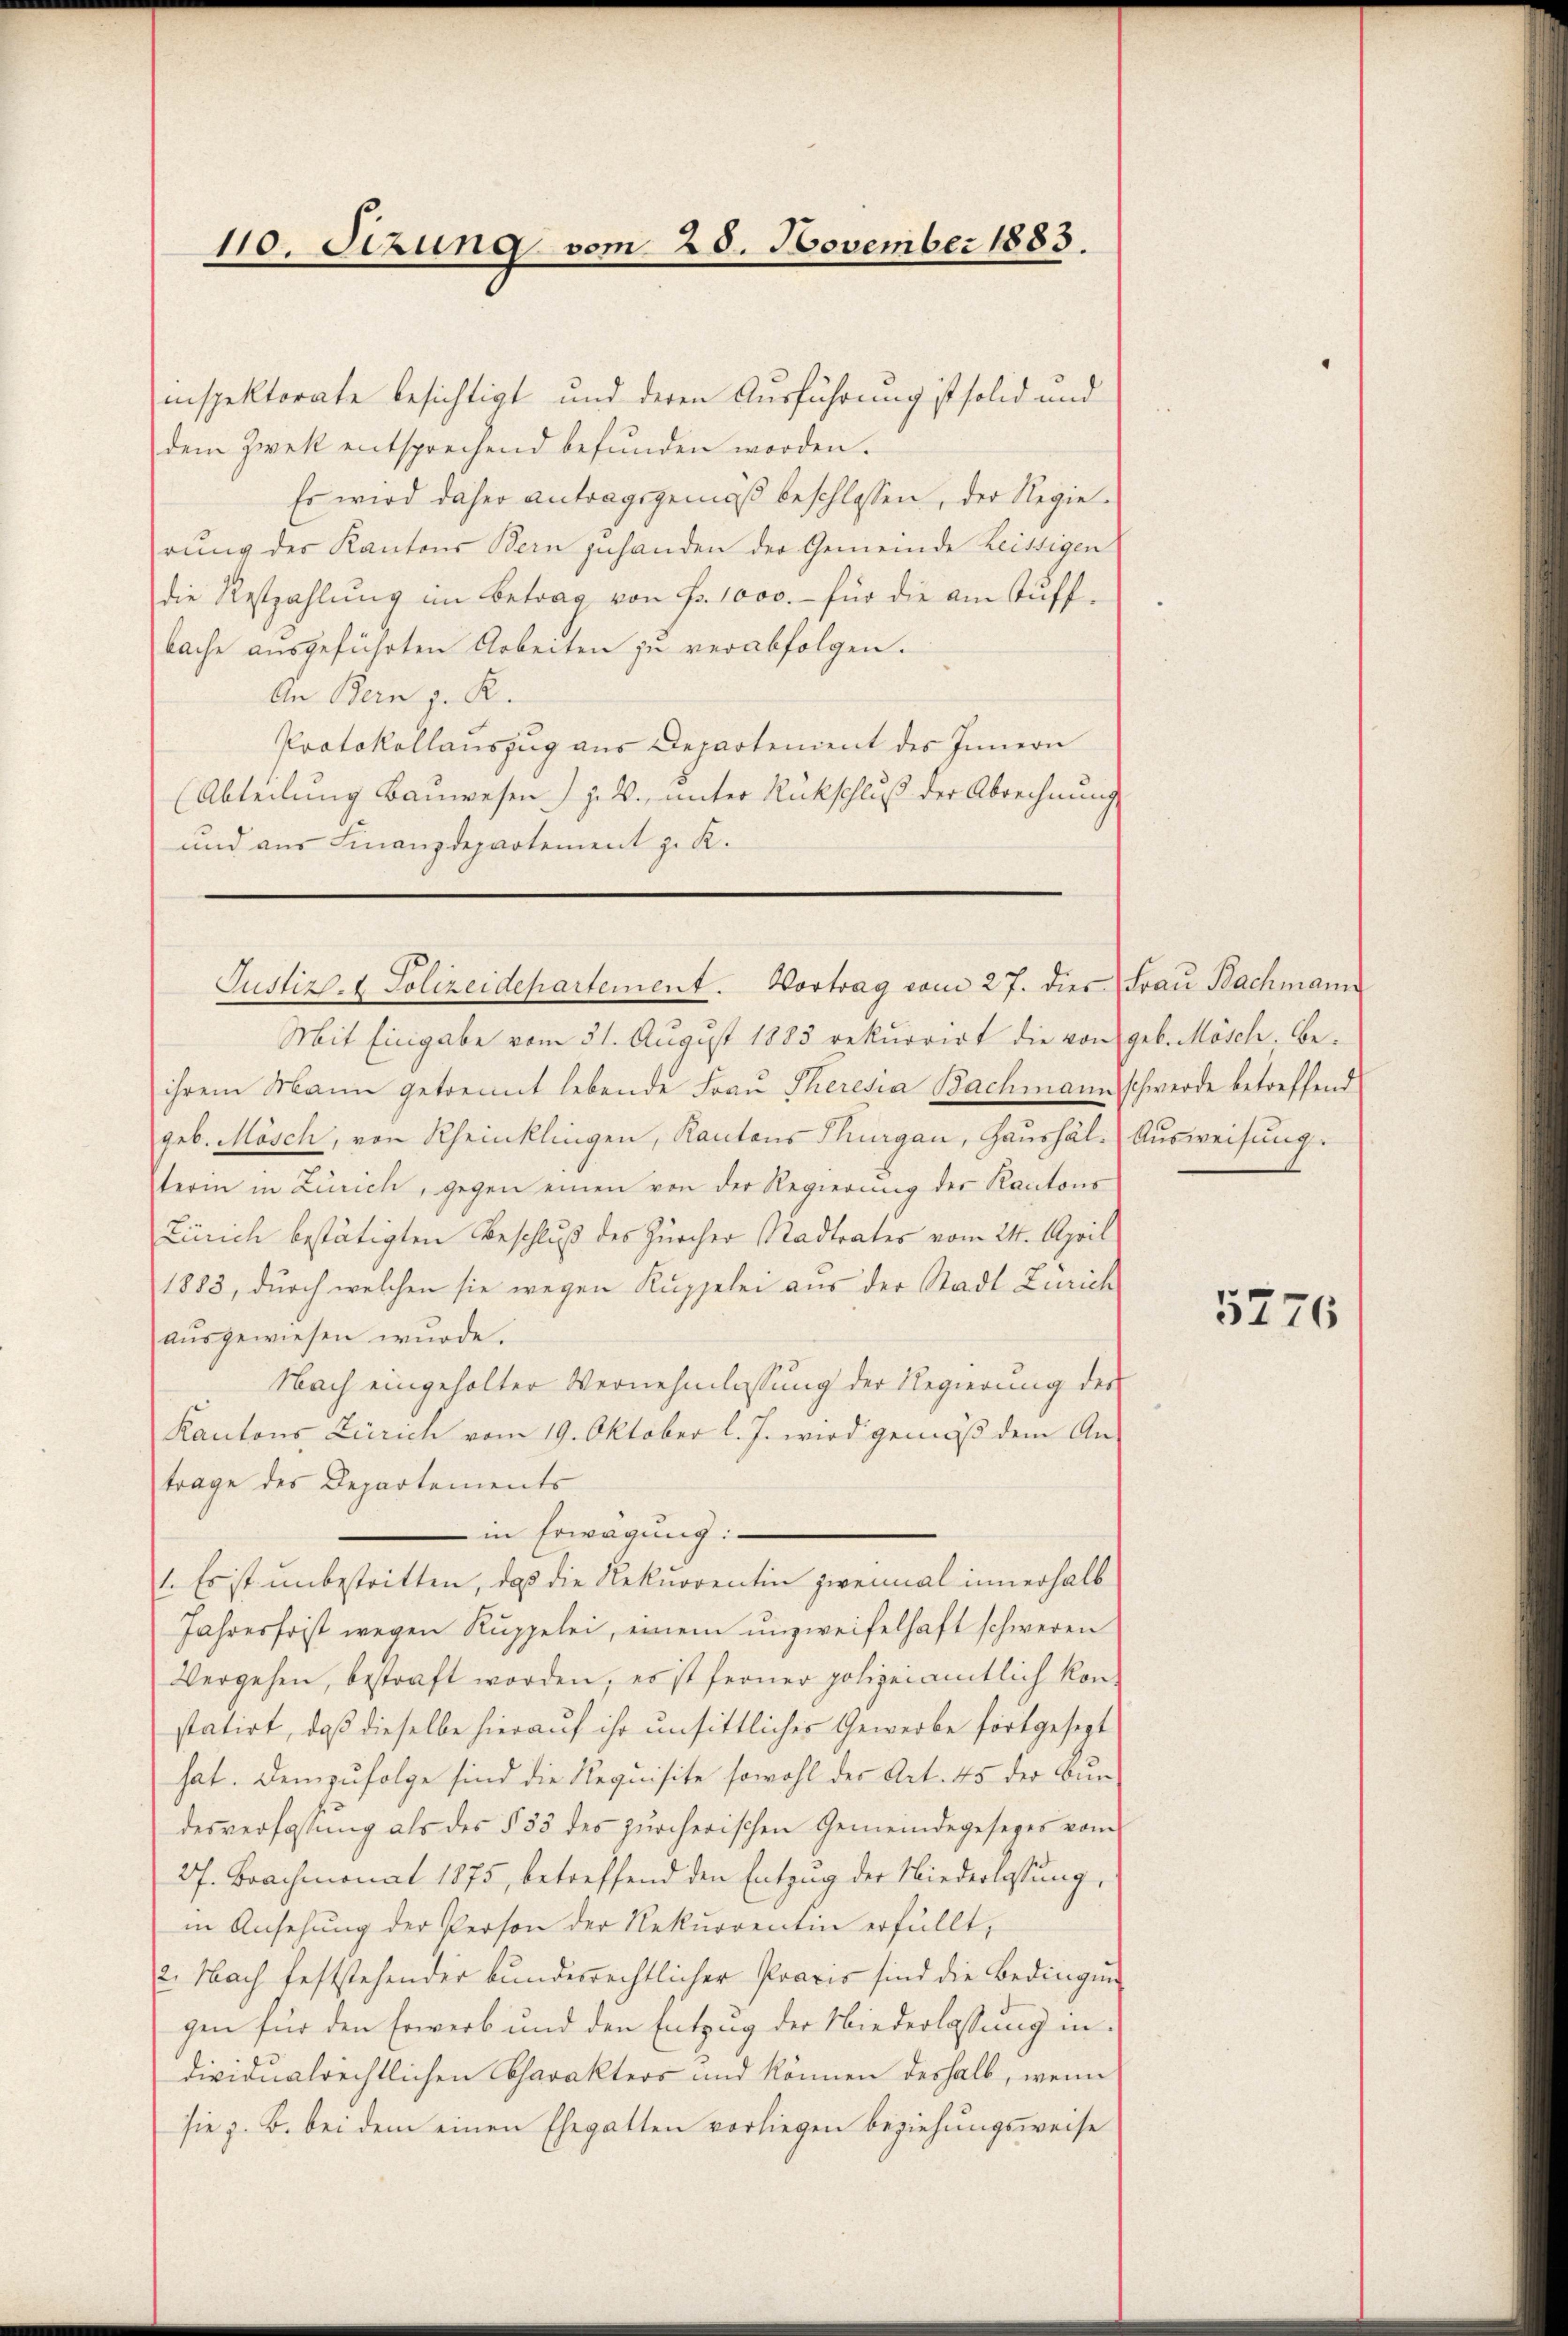
110. Sizung vom 20. November 1883.

inspektorate besichtigt und deren Ausführung ist solid und
dem Zwek entsprechend befŭnden worden.
Es wird daher Antragsgemäß beschlossen, der Regierŭng des Kantons Bern zuhanden der Gemeinde Leistigen
die Restzahlŭng im Betrag von Fr. 1000.- für die am Aŭff-
bache ausgeführten Arbeiten zu verabfolgen.
An Bern z. R.
Protokollauszug aus Departenient des Innern
(Abteilung Bauwesen z. B. unter Rückschluß der Abrechnung
und aus Finanzdepartement z. K.

Justiz- & Polizeidepartement. Vortrag vom 27. dies Frau Bachmann

ihrem Mann getrennt lebende Fraŭ Theresia Bachmann schwerde betreffend
term in Zürich, gegen einen von der Regierŭng der Kantons
Zürich bestätigten Beschluß des Zürcher Stadtrates vom 24. April
1883, durch welchen sie wegen Kuppelei aus der Stadt Zürich
aŭsgewiesen wurde.
Nach eingeholter Vernehmlassung der Regierung der
Kantons Zürich vom 19. Oktober l. J. wird gemäß dem An-
trage des Departements
in Erwägung:
1. Es ist unbestritten, daß die Rekurrentin zweimal innerhalb
Jahresfrist wegen Ruppelei, einem unzweifelhaft schweren
Vergehen, bestraft worden, es ist ferner polizeiamtlich kon-
statirt, daß dieselbe hierauf ihr unsittliches Gewerbe fortgesezt
hat. Demzufolge sind die Requisite sowohl der Art. 45 der Burdesverfassung als des § 33 des zürcherischen Gemeindegesezes vom
27. Brachmonat 1875, betreffend den Entzug der Niederlassung
in Ansehung der Person der Rekurrentin erfüllt,
2. Nach feststehender bundesrechtlicher Praxis sind die Bedingung
gen für den Erwerb und den Entzug der Niederlassung in
dividualrechtlichen Charakters und können deshalb, wenn
sie z. B. bei dem einen Ehegatten vorliegen beziehungsweise

Mit Eingabe vom 31. August 1883 rekurrirt die von geb. Mösch. Begeb. Mösch, von Rheinklingen, Kantons Thurgau, Haushäl: Ausweisung.

5776